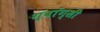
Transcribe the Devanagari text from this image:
ग्वांग्सी